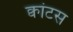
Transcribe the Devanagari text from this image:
क्वांटस